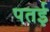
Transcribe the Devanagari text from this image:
पतई